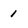
Character: 1